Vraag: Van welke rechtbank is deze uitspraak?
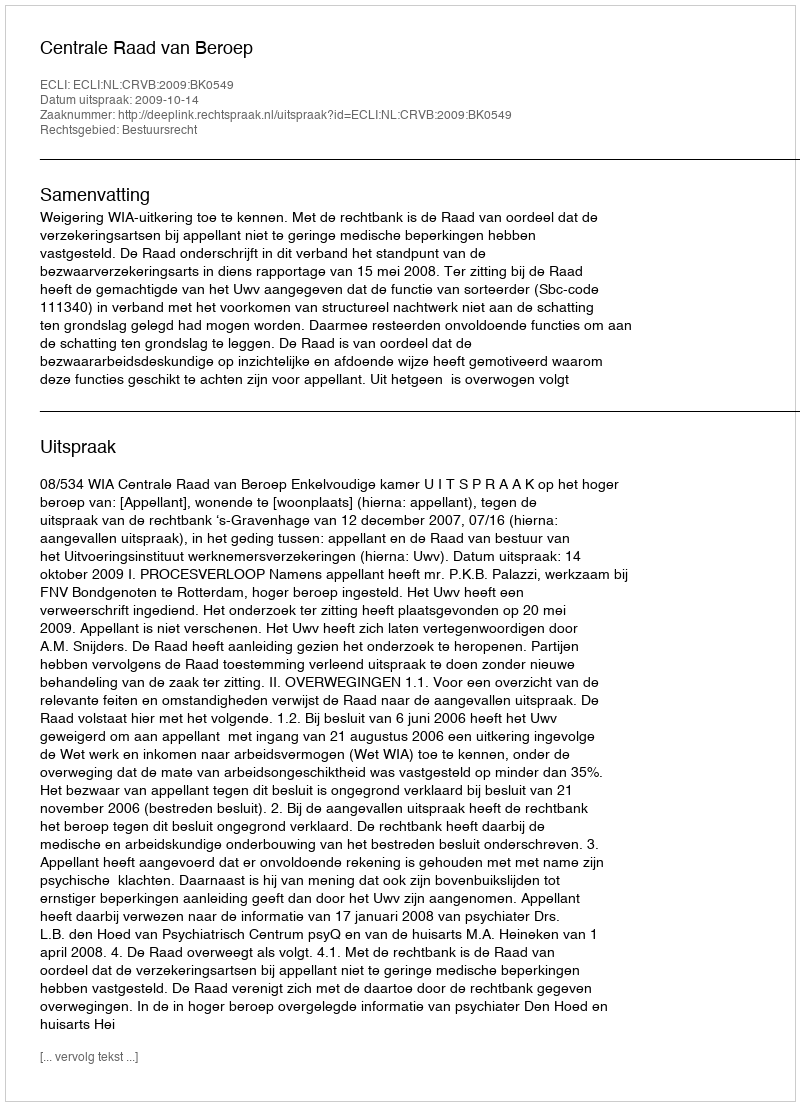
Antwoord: Centrale Raad van Beroep